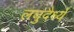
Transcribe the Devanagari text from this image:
लघुदैर्ध्य